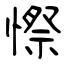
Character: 憏